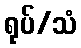
ရုပ်/သံ